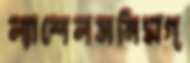
ল্যাশেলসনিমগ্